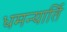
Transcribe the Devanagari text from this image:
धमन्यार्ति